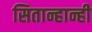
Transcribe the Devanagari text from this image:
सितान्हान्ही